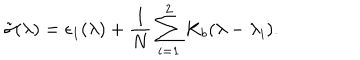
\tilde { \sigma } ( \lambda ) = \epsilon _ { 1 } ( \lambda ) + { \frac { 1 } { N } } \sum _ { i = 1 } ^ { 2 } K _ { b } ( \lambda - \lambda _ { i } ) .